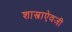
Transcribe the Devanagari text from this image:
शास्त्राऐवजी